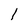
Character: l